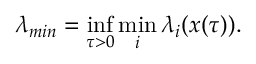
\lambda _ { m i n } = \operatorname* { i n f } _ { \tau > 0 } \operatorname* { m i n } _ { i } \lambda _ { i } ( \ensuremath { \boldsymbol { { x } } } ( \tau ) ) .